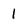
Character: 1